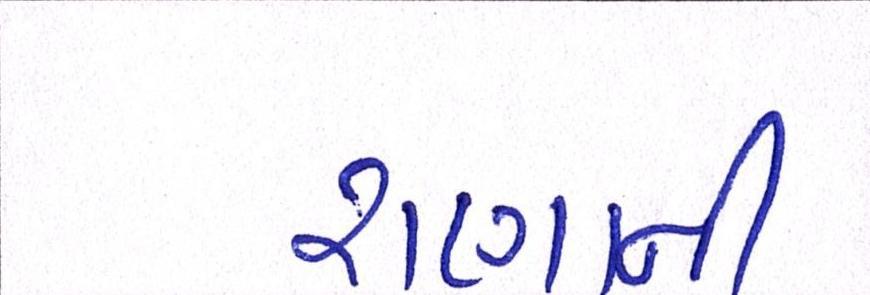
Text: રાણાની